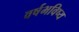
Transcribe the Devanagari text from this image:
वर्षभविष्य